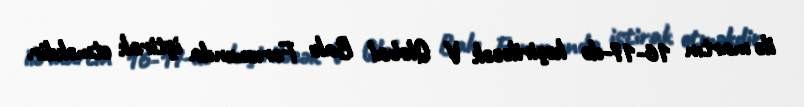
ilə martın 16-17-də keçiriləcək V Qlobal Bakı Forumunda iştirak etməkdir.